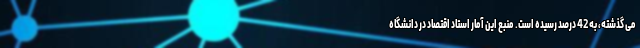
می گذشته، به 42 درصد رسیده است. منبع این آمار استاد اقتصاد در دانشگاه